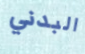
البدني